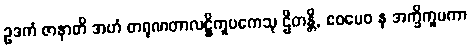
ဥဒကံ ဇာနာတိ အဟံ တရုဏတာလဋ္ဌိကူပကေသု ဌိတန္တိ, ဧဝမေဝ န အက္ခိကူပကာ